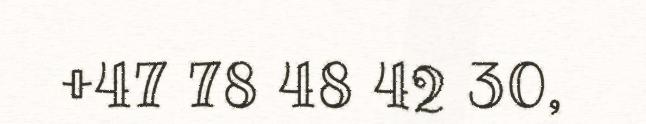
+47 78 48 42 30,